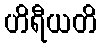
ဟိရီယတိ